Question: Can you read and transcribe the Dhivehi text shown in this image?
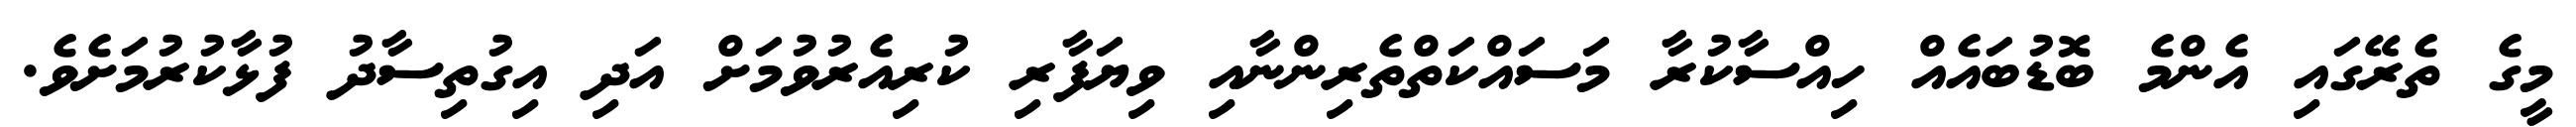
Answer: މީގެ ތެރޭގައި އެންމެ ބޮޑުބައެއް ހިއްސާކުރާ މަސައްކަތްތެރިންނާއި ވިޔަފާރި ކުރިއެރުވުމަށް އަދި އިގުތިސާދު ފުޅާކުރުމަށެވެ.